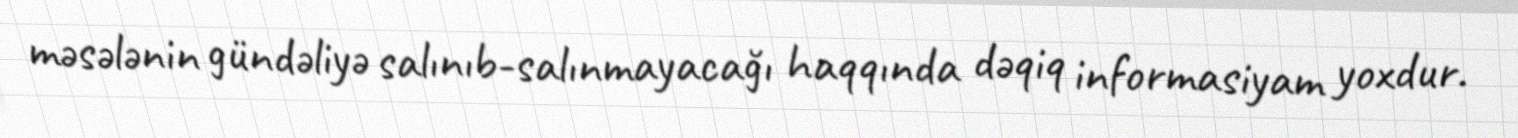
məsələnin gündəliyə salınıb-salınmayacağı haqqında dəqiq informasiyam yoxdur.